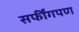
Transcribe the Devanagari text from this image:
सर्फींगपण